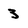
Character: 3